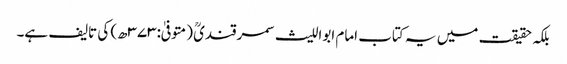
بلکہ حقیقت میں یہ کتاب امام ابواللیث سمرقندیؒ (متوفیٰ:۳۷۳ھ) کی تالیف ہے۔